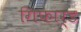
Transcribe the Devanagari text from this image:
गिफार्ड